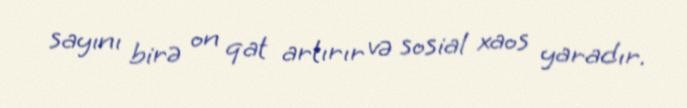
sayını birə on qat artırır və sosial xaos yaradır.